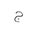
Letter: _gim